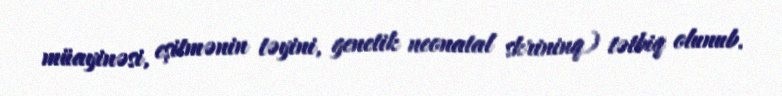
müayinəsi, eşitmənin təyini, genetik neonatal skrininq) tətbiq olunub.